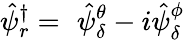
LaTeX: \hat{\psi}_{r}^{\dagger}=\, \, \hat{\psi}_{\delta}^{\theta}-i\hat{\psi}_{\delta}^{\phi}